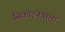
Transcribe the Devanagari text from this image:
सिकोड़नेवाला